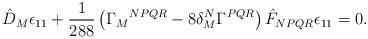
LaTeX: \begin{align*}\hat D_M \epsilon_{11} + \frac1{288} \left( \Gamma_M{}^{NPQR} - 8\delta_M^N \Gamma^{PQR} \right) \hat F_{NPQR} \epsilon_{11} = 0.\end{align*}